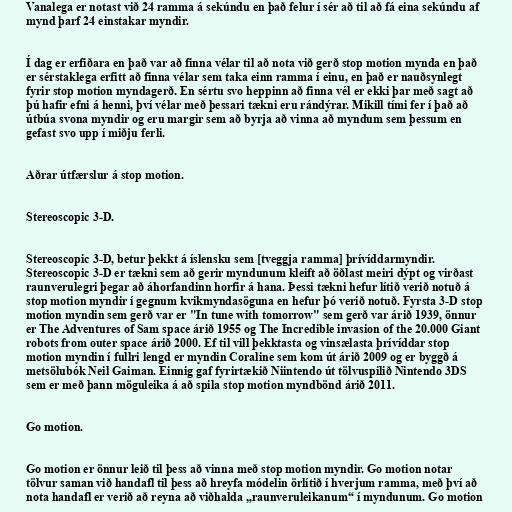
Vanalega er notast við 24 ramma á sekúndu en það felur í sér að til að fá eina sekúndu af
mynd þarf 24 einstakar myndir.

Í dag er erfiðara en það var að finna vélar til að nota við gerð stop motion mynda en það
er sérstaklega erfitt að finna vélar sem taka einn ramma í einu, en það er nauðsynlegt
fyrir stop motion myndagerð. En sértu svo heppinn að finna vél er ekki þar með sagt að
þú hafir efni á henni, því vélar með þessari tækni eru rándýrar. Mikill tími fer í það að
útbúa svona myndir og eru margir sem að byrja að vinna að myndum sem þessum en
gefast svo upp í miðju ferli.

Aðrar útfærslur á stop motion.

Stereoscopic 3-D.

Stereoscopic 3-D, betur þekkt á íslensku sem [tveggja ramma] þrívíddarmyndir.
Stereoscopic 3-D er tækni sem að gerir myndunum kleift að öðlast meiri dýpt og virðast
raunverulegri þegar að áhorfandinn horfir á hana. Þessi tækni hefur lítið verið notuð á
stop motion myndir í gegnum kvikmyndasöguna en hefur þó verið notuð. Fyrsta 3-D stop
motion myndin sem gerð var er "In tune with tomorrow" sem gerð var árið 1939, önnur
er The Adventures of Sam space árið 1955 og The Incredible invasion of the 20.000 Giant
robots from outer space árið 2000. Ef til vill þekktasta og vinsælasta þrívíddar stop
motion myndin í fullri lengd er myndin Coraline sem kom út árið 2009 og er byggð á
metsölubók Neil Gaiman. Einnig gaf fyrirtækið Niintendo út tölvuspilið Nintendo 3DS
sem er með þann möguleika á að spila stop motion myndbönd árið 2011.

Go motion.

Go motion er önnur leið til þess að vinna með stop motion myndir. Go motion notar
tölvur saman við handafl til þess að hreyfa módelin örlítið í hverjum ramma, með því að
nota handafl er verið að reyna að viðhalda „raunveruleikanum“ í myndunum. Go motion